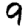
Digit: 9